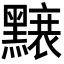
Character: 𪒌